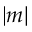
| m |